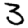
Digit: 3